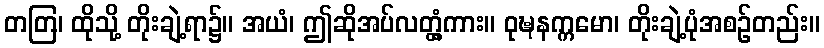
တတြ၊ ထိုသို့ တိုးချဲ့ရာ၌။ အယံ၊ ဤဆိုအပ်လတ္တံ့ကား။ ဝုဍ္ဎနက္ကမော၊ တိုးချဲ့ပုံအစဉ်တည်း။